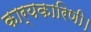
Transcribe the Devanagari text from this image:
कार्यकारिणी।